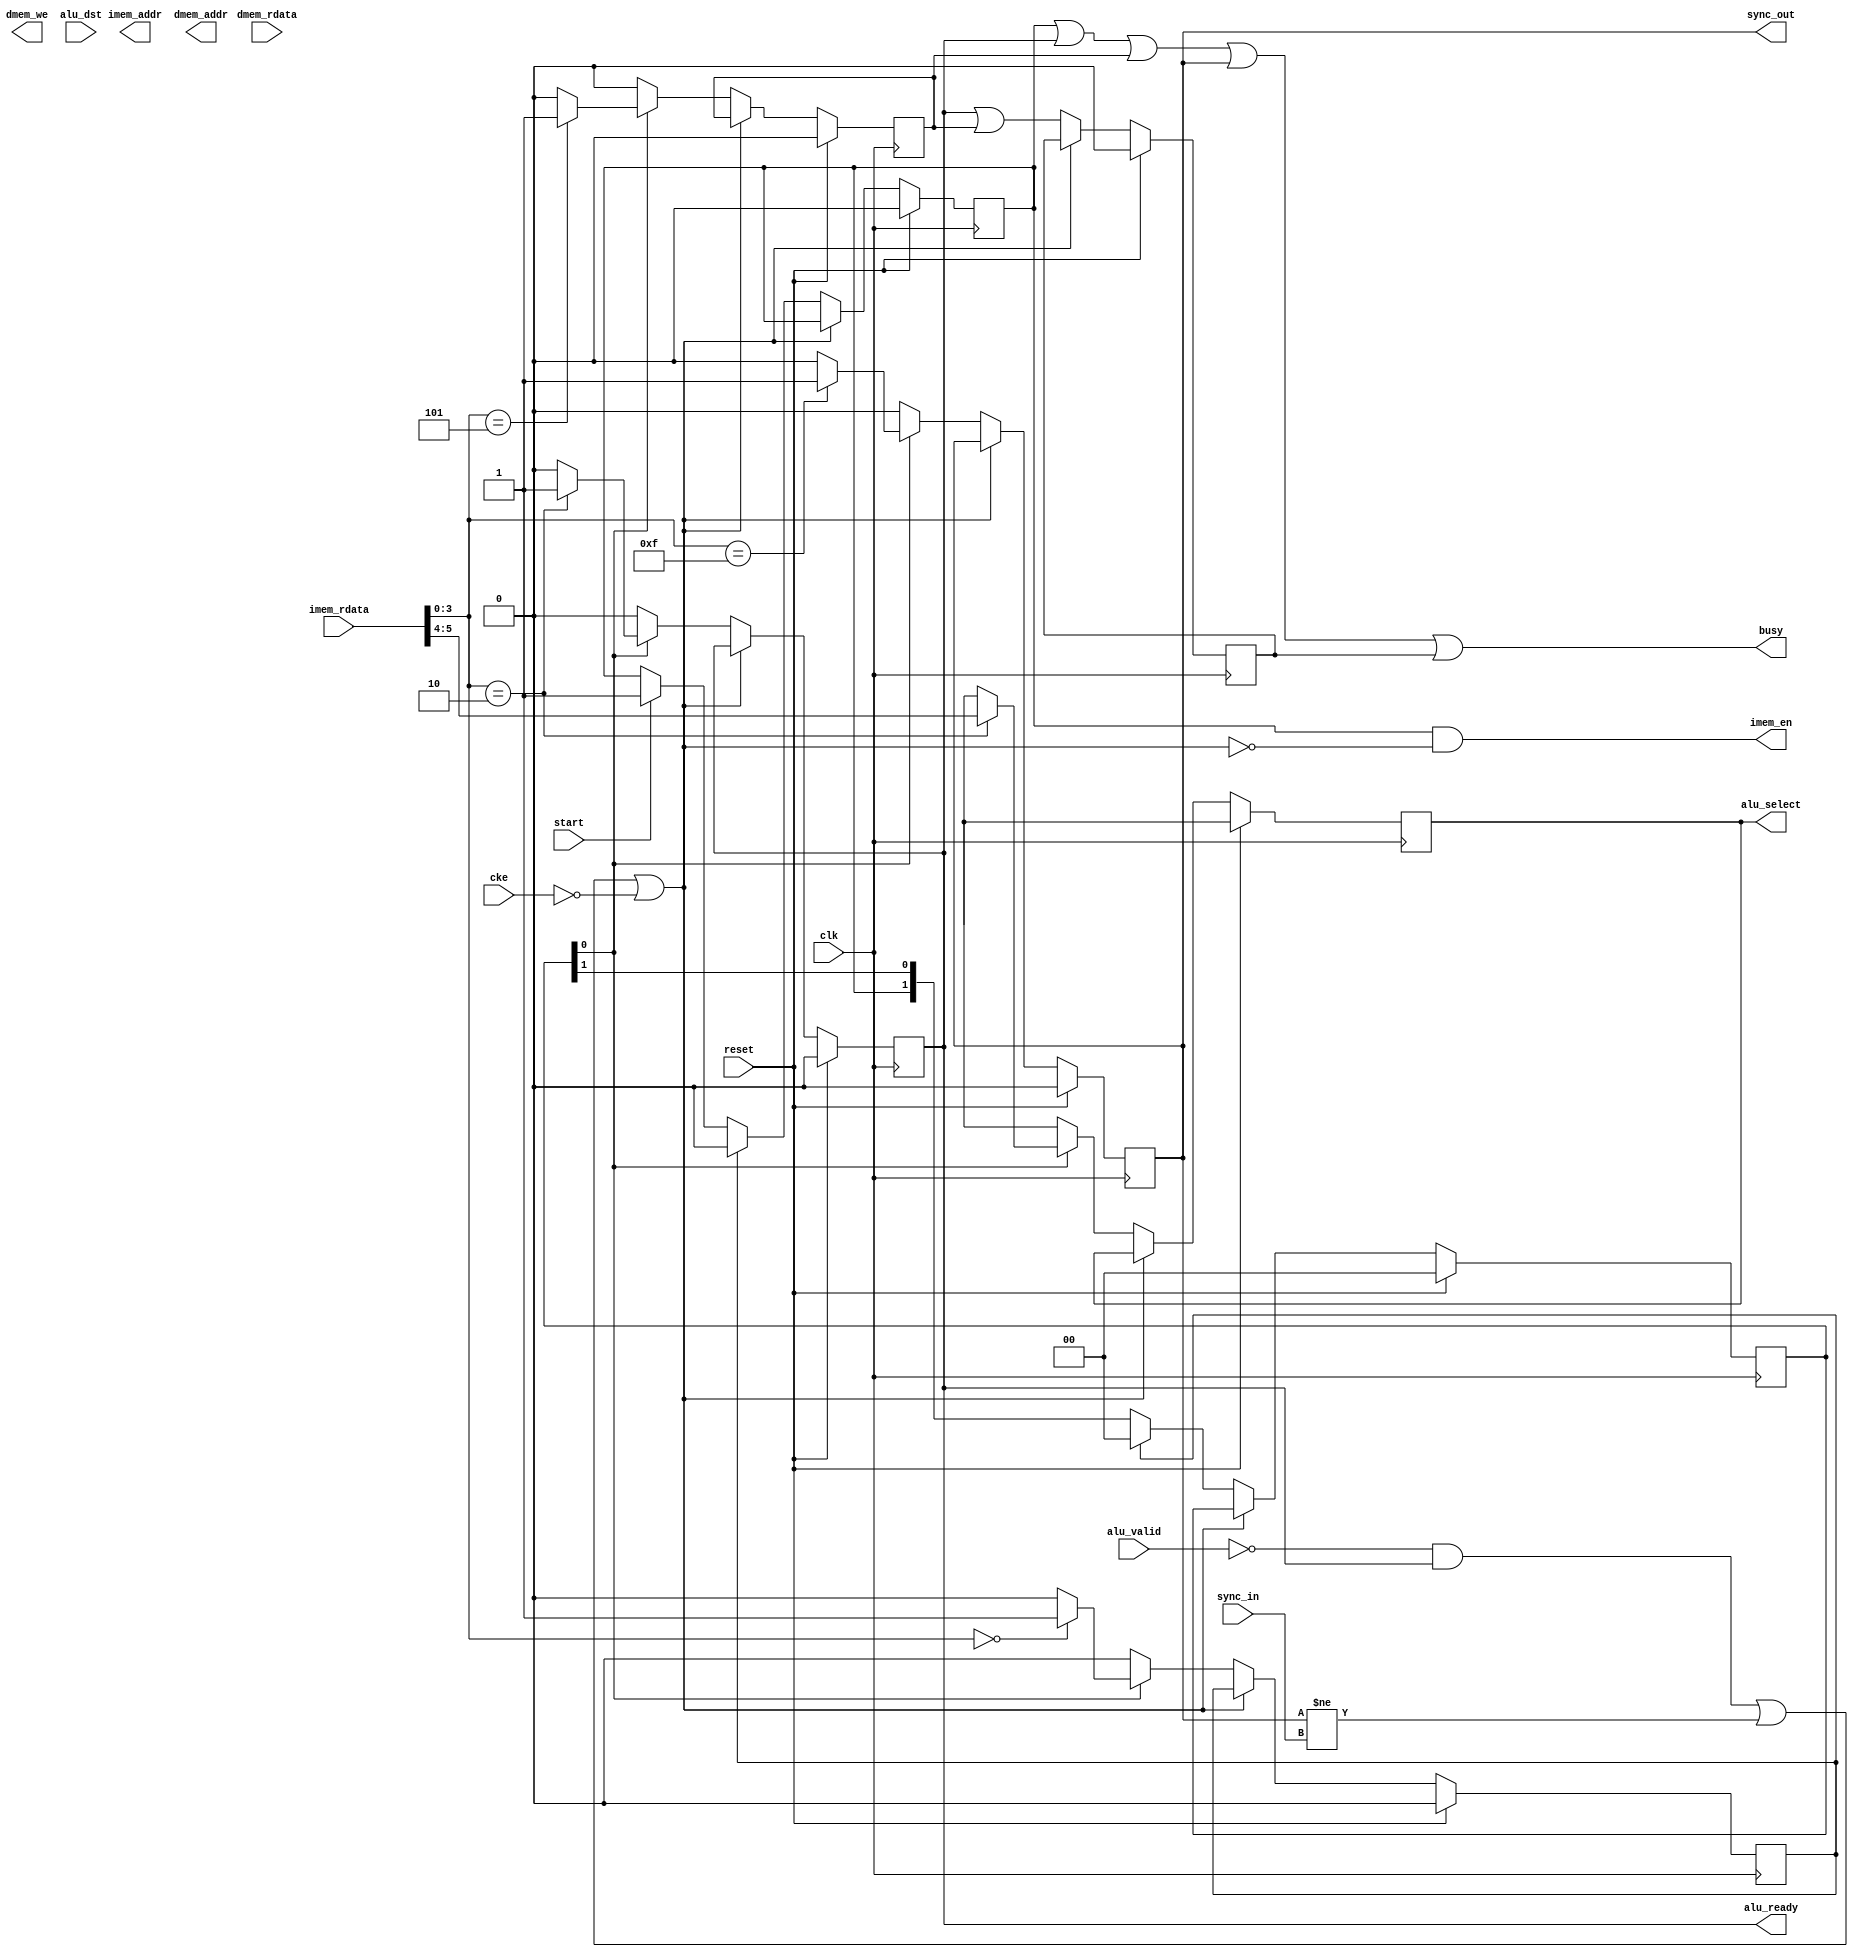
module jelly_gpu_shader_dst
		#(
			parameter	PC_WIDTH     = 9,
			parameter	IMEM_LATENCY = 2,
			parameter	DMEM_LATENCY = 2
		)
		(
			input	wire					reset,
			input	wire					clk,
			input	wire					cke,
			
			input	wire					start,
			output	wire					busy,
			
			// instruction memory
			output	wire					imem_en,
			output	wire	[PC_WIDTH-1:0]	imem_addr,
			input	wire	[31:0]			imem_rdata,
			
			// register file
			output	wire					dmem_we,
			output	wire					dmem_we,
			output	wire	[7:0]			dmem_addr,
			input	wire	[31:0]			dmem_rdata,
			
			// sync
			output	wire					sync_out,
			input	wire					sync_in,
			
			// ALU
			output	wire	[1:0]			alu_select,
			input	wire	[31:0]			alu_dst,
			input	wire					alu_valid,
			output	wire					alu_ready
		);
	
	localparam	[3:0]	OPCODE_END      = 4'h0;
	localparam	[3:0]	OPCODE_NOP      = 4'h1;
	localparam	[3:0]	OPCODE_ALU      = 4'h2;
	localparam	[3:0]	OPCODE_HI       = 4'h4;
	localparam	[3:0]	OPCODE_LO       = 4'h5;
	localparam	[3:0]	OPCODE_SYNC     = 4'hf;
	
	wire						interlock = (!alu_valid && alu_ready) || (sync_out != sync_in) || !cke;
	
	wire						sig_end;
	
	
	// program counter
	reg		[PC_WIDTH-1:0]		reg_pc;
	reg							reg_pc_valid;
	
	always @(posedge clk) begin
		if ( reset ) begin
			reg_pc       <= {PC_WIDTH{1'b0}};
			reg_pc_valid <= 1'b0;
		end
		else if ( !interlock ) begin 
			if ( sig_end ) begin
				reg_pc       <= {PC_WIDTH{1'b0}};
				reg_pc_valid <= 1'b0;
			end
			else if ( start ) begin
				reg_pc       <= {PC_WIDTH{1'b0}};
				reg_pc_valid <= 1'b1;
			end
			else begin
				reg_pc       <= reg_pc + reg_pc_valid;
			end
		end
	end
	
	
	// instruction fetch
	assign imem_en   = (reg_pc_valid && !interlock);
	assign imem_addr = imem_addr;
	
	wire	[31:0]		sig_if_instruction = imem_rdata;
	
	wire	[3:0]		sig_if_opcode      = sig_if_instruction[3:0];
	wire	[1:0]		sig_if_alu_sel     = sig_if_instruction[5:4];
	wire	[1:0]		sig_if_alu_ctl     = sig_if_instruction[7:6];
	wire	[7:0]		sig_if_dst         = sig_if_instruction[15:8];
	wire	[15:0]		sig_if_immediate   = sig_if_instruction[31:16];
	
	reg		[IMEM_LATENCY-1:0]	reg_if_valid;
	always @(posedge clk) begin
		if ( reset ) begin
			reg_if_valid <= {IMEM_LATENCY{1'b0}};
		end
		else if ( !interlock ) begin 
			if ( sig_end ) begin
				reg_if_valid <= {IMEM_LATENCY{1'b0}};
			end
			else begin
				reg_if_valid <= ({reg_pc_valid, reg_if_valid} >> 1);
			end
		end
	end
	
	
	
	// decode
	reg						reg_dec_valid;
	always @(posedge clk) begin
		if ( reset ) begin
			reg_dec_valid <= {DMEM_LATENCY{1'b0}};
		end
		else if ( !interlock ) begin 
			if ( sig_end ) begin
				reg_dec_valid <= {DMEM_LATENCY{1'b0}};
			end
			else begin
				reg_dec_valid <= ({reg_if_valid[0], reg_dec_valid} >> 1);
			end
		end
	end
	
	reg		[1:0]		reg_dec_alu_sel;
	reg					reg_dec_alu_valid;
	reg		[31:0]		reg_dec_imm_data;
	reg					reg_dec_imm_valid;
	reg					reg_dec_sync;
	reg					reg_dec_end;
	
	always @(posedge clk) begin
		if ( reset ) begin
			reg_dec_alu_sel   <= {2{1'bx}};
			reg_dec_alu_valid <= 1'b0;
			reg_dec_imm_data  <= {32{1'bx}};
			reg_dec_imm_valid <= 1'b0;
			reg_dec_sync      <= 1'b0;
			reg_dec_end       <= 1'b0;
		end
		else if ( !interlock ) begin
			reg_dec_dst       <= {8{1'bx}};
			reg_dec_alu_sel   <= {2{1'bx}};
			reg_dec_alu_valid <= 1'b0;
			reg_dec_imm_valid <= 1'b0;
			reg_dec_sync      <= 1'b0;
			reg_dec_end       <= 1'b0;
			
			if ( reg_if_valid[0] ) begin
				case ( sig_if_opcode )
				OPCODE_ALU:
					begin
						reg_dec_dst       <= sig_if_dst;
						reg_dec_alu_sel   <= sig_if_alu_sel;
						reg_dec_alu_valid <= 1'b1;
					end
					
				OPCODE_HI:
					begin
						reg_dec_imm_data[31:16] <= sig_if_immediate;
					end
					
				OPCODE_LO:
					begin
						reg_dec_dst             <= sig_if_dst;
						reg_dec_imm_data[15:0]  <= sig_if_immediate;
						reg_dec_imm_valid       <= 1'b1;
					end
					
				OPCODE_SYNC:
					begin
						reg_dec_sync <= 1'b1;
					end
					
				OPCODE_END:
					begin
						reg_dec_end <= 1'b1;
					end
				endcase
			end
		end
	end
	
	assign sig_end  = reg_dec_end;
	assign sync_out = reg_dec_sync;
	
	
	// execute
	assign alu_select = reg_dec_alu_sel;
	assign alu_ready  = reg_dec_alu_valid;
	
	reg		[7:0]		reg_exe_dst;
	reg		[31:0]		reg_exe_data;
	reg					reg_exe_valid;
	always @(posedge clk) begin
		if ( reset ) begin
			reg_exe_dst   <= {8{1'bx}};
			reg_exe_data  <= {32{1'bx}};
			reg_exe_valid <= 1'b0;
		end
		else if ( !interlock ) begin
			reg_exe_dst   <= reg_dec_dst;
			reg_exe_data  <= reg_dec_imm_valid ? reg_dec_imm_valid : alu_dst;
			reg_exe_valid <= reg_dec_alu_valid || reg_dec_imm_valid;
		end
	end
	
	assign busy = (reg_pc_valid || reg_dec_alu_valid || reg_dec_imm_valid || reg_dec_sync || reg_exe_valid);
	
endmodule